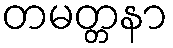
တမတ္တနာ